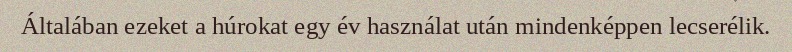
Általában ezeket a húrokat egy év használat után mindenképpen lecserélik.